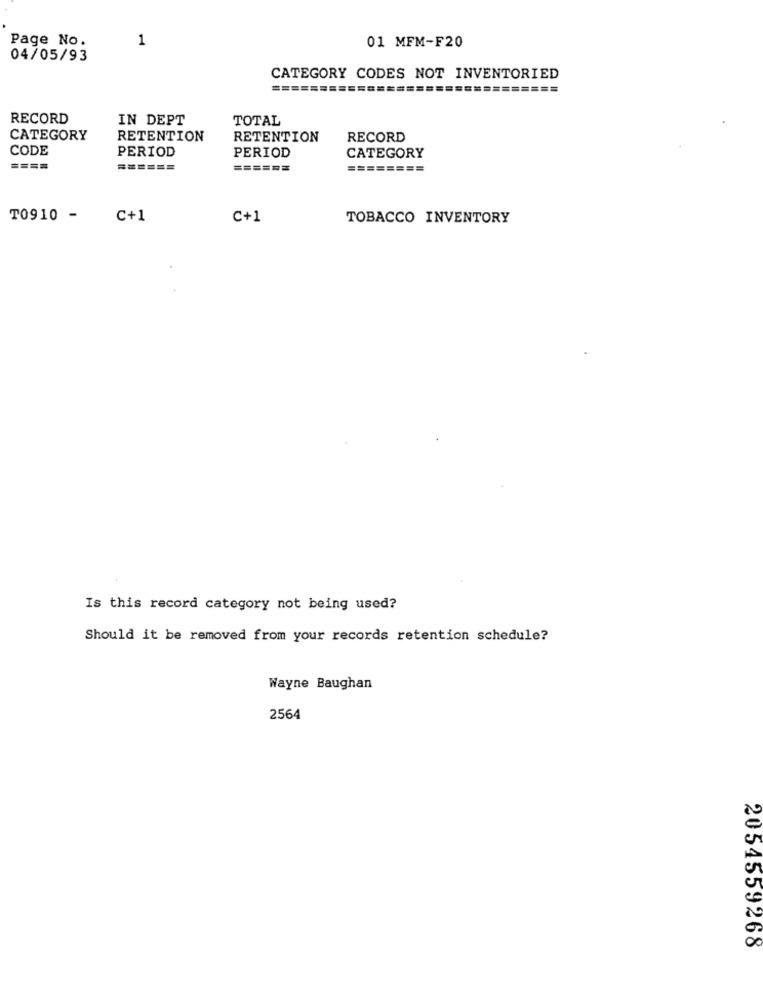
Page No.
1
01 MFM-F20
04/05/93
CATEGORY CODES NOT INVENTORIED
========
======
RECORD
IN DEPT
TOTAL
CATEGORY
RETENTION
RETENTION
RECORD
CODE
PERIOD
PERIOD
CATEGORY
====
======
======
========
T0910 -
C+1
C+1
TOBACCO INVENTORY
Is this record category not being used?
Should it be removed from your records retention schedule?
Wayne Baughan
2564
2054559268